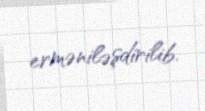
erməniləşdirilib.